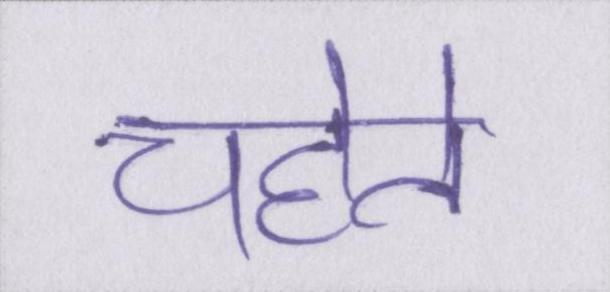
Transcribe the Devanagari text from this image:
चहेते